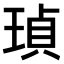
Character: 𤦹